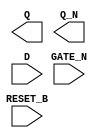
module sky130_fd_sc_lp__dlrbn (
    Q      ,
    Q_N    ,
    RESET_B,
    D      ,
    GATE_N
);

    output Q      ;
    output Q_N    ;
    input  RESET_B;
    input  D      ;
    input  GATE_N ;

    // Voltage supply signals
    supply1 VPWR;
    supply0 VGND;
    supply1 VPB ;
    supply0 VNB ;

endmodule